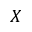
X